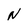
Character: N